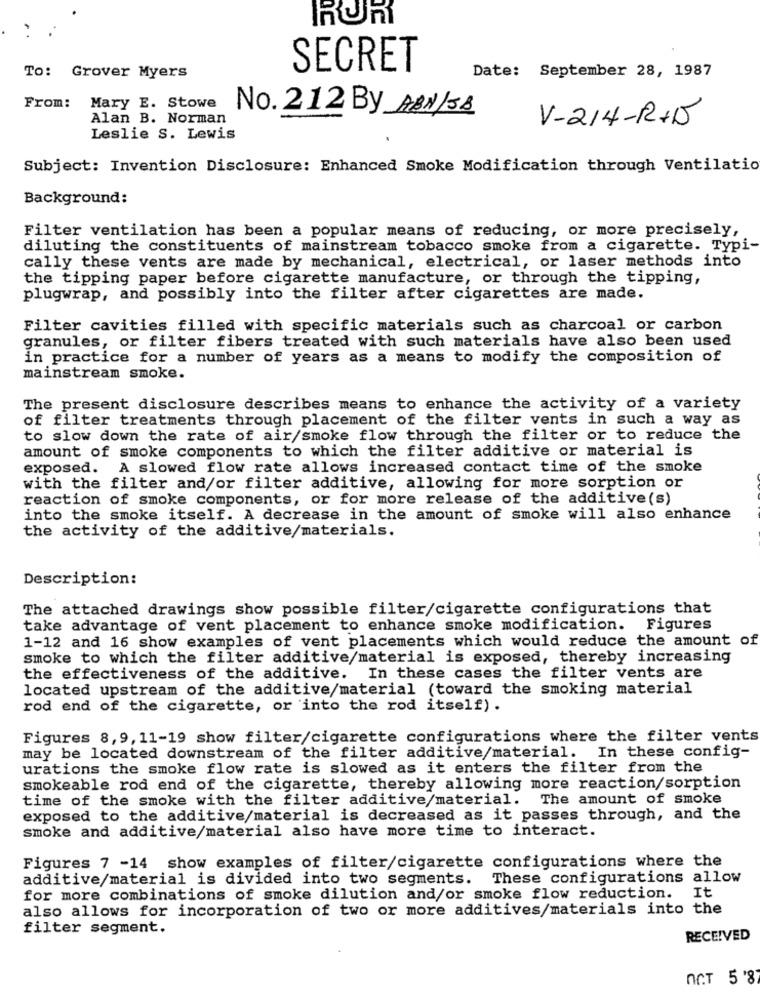
RUR
. .
SECRET
Date: September 28, 1987
To: Grover Myers
From: Mary E. Stowe
No. 212 By ABN/58
Alan B. Norman
V-214-R+D
Leslie S. Lewis
Subject: Invention Disclosure: Enhanced Smoke Modification through Ventilatio
Background:
Filter ventilation has been a popular means of reducing, or more precisely,
diluting the constituents of mainstream tobacco smoke from a cigarette. Typi-
cally these vents are made by mechanical, electrical, or laser methods into
the tipping paper before cigarette manufacture, or through the tipping,
plugwrap, and possibly into the filter after cigarettes are made.
Filter cavities filled with specific materials such as charcoal or carbon
granules, or filter fibers treated with such materials have also been used
in practice for a number of years as a means to modify the composition of
mainstream smoke.
The present disclosure describes means to enhance the activity of a variety
of filter treatments through placement of the filter vents in such a way as
to slow down the rate of air/smoke flow through the filter or to reduce the
amount of smoke components to which the filter additive or material is
exposed. A slowed flow rate allows increased contact time of the smoke
with the filter and/or filter additive, allowing for more sorption or
reaction of smoke components, or for more release of the additive(s)
into the smoke itself. A decrease in the amount of smoke will also enhance
the activity of the additive/materials.
Description:
The attached drawings show possible filter/cigarette configurations that
take advantage of vent placement to enhance smoke modification. Figures
1-12 and 16 show examples of vent placements which would reduce the amount of
smoke to which the filter additive/material is exposed, thereby increasing
the effectiveness of the additive. In these cases the filter vents are
located upstream of the additive/material (toward the smoking material
rod end of the cigarette, or into the rod itself).
Figures 8,9, 11-19 show filter/cigarette configurations where the filter vents
may be located downstream of the filter additive/material. In these config-
urations the smoke flow rate is slowed as it enters the filter from the
smokeable rod end of the cigarette, thereby allowing more reaction/sorption
time of the smoke with the filter additive/material. The amount of smoke
exposed to the additive/material is decreased as it passes through, and the
smoke and additive/material also have more time to interact.
Figures 7 -14 show examples of filter/cigarette configurations where the
additive/material is divided into two segments.
These configurations allow
It
for more combinations of smoke dilution and/or smoke flow reduction.
also allows for incorporation of two or more additives/materials into the
filter segment.
RECEIVED
nCT 5 '87